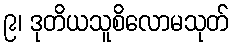
၉၊ ဒုတိယသူစိလောမသုတ်